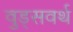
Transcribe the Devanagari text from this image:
वुड्सवर्थ